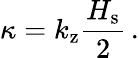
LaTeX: \kappa=k_{\mathrm{z}}\frac{H_{\mathrm{s}}}{2}\, .